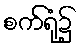
စက်ရုံ၌